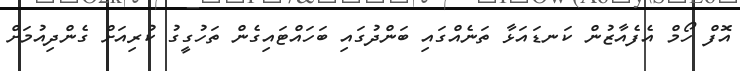
އޮފް ހޯމް އެފެއާޒުން ކަނޑައަޅާ ތަނެއްގައި ބަންދުގައި ބަހައްޓައިގެން ތަހުގީގު ކުރިއަށް ގެންދިއުމަށް